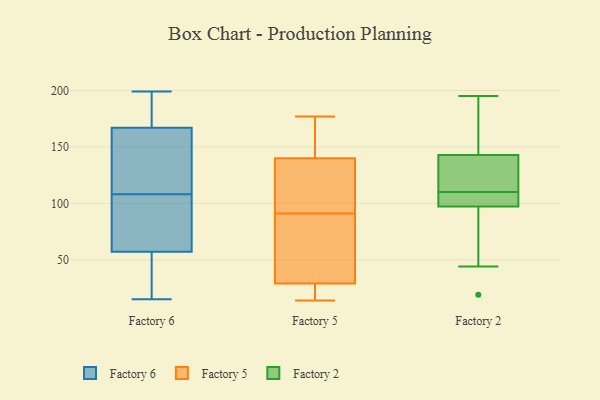
{"axis": {"x": "Website Visitors", "y": "Value"}, "legend": ["Factory 2", "Factory 5", "Factory 6"], "data": [{"x": "", "y": 144, "type": "Factory 6"}, {"x": "", "y": 35, "type": "Factory 6"}, {"x": "", "y": 97, "type": "Factory 6"}, {"x": "", "y": 161, "type": "Factory 6"}, {"x": "", "y": 162, "type": "Factory 6"}, {"x": "", "y": 54, "type": "Factory 6"}, {"x": "", "y": 191, "type": "Factory 6"}, {"x": "", "y": 199, "type": "Factory 6"}, {"x": "", "y": 65, "type": "Factory 6"}, {"x": "", "y": 192, "type": "Factory 6"}, {"x": "", "y": 172, "type": "Factory 6"}, {"x": "", "y": 175, "type": "Factory 6"}, {"x": "", "y": 71, "type": "Factory 6"}, {"x": "", "y": 60, "type": "Factory 6"}, {"x": "", "y": 135, "type": "Factory 6"}, {"x": "", "y": 75, "type": "Factory 6"}, {"x": "", "y": 15, "type": "Factory 6"}, {"x": "", "y": 19, "type": "Factory 6"}, {"x": "", "y": 17, "type": "Factory 6"}, {"x": "", "y": 119, "type": "Factory 6"}, {"x": "", "y": 24, "type": "Factory 5"}, {"x": "", "y": 125, "type": "Factory 5"}, {"x": "", "y": 177, "type": "Factory 5"}, {"x": "", "y": 174, "type": "Factory 5"}, {"x": "", "y": 29, "type": "Factory 5"}, {"x": "", "y": 140, "type": "Factory 5"}, {"x": "", "y": 72, "type": "Factory 5"}, {"x": "", "y": 88, "type": "Factory 5"}, {"x": "", "y": 27, "type": "Factory 5"}, {"x": "", "y": 171, "type": "Factory 5"}, {"x": "", "y": 14, "type": "Factory 5"}, {"x": "", "y": 41, "type": "Factory 5"}, {"x": "", "y": 97, "type": "Factory 5"}, {"x": "", "y": 94, "type": "Factory 5"}, {"x": "", "y": 44, "type": "Factory 2"}, {"x": "", "y": 189, "type": "Factory 2"}, {"x": "", "y": 195, "type": "Factory 2"}, {"x": "", "y": 100, "type": "Factory 2"}, {"x": "", "y": 98, "type": "Factory 2"}, {"x": "", "y": 110, "type": "Factory 2"}, {"x": "", "y": 120, "type": "Factory 2"}, {"x": "", "y": 139, "type": "Factory 2"}, {"x": "", "y": 19, "type": "Factory 2"}, {"x": "", "y": 109, "type": "Factory 2"}, {"x": "", "y": 122, "type": "Factory 2"}, {"x": "", "y": 95, "type": "Factory 2"}, {"x": "", "y": 154, "type": "Factory 2"}]}